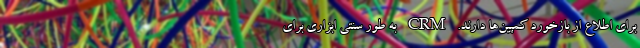
برای اطلاع از بازخورد کمپین‌ها دارند. CRM به طور سنتی ابزاری برای